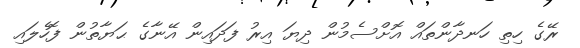
ރޭގެ ހިތި ހަނދާންތައް އޮށްސެމުން ދިޔަ އިރު ފަދައިން އޭނާގެ ޙަޔާތުން ފޮހެލައި